Lunatic asylums Punjab 1868-1880 - 1868-1880
Year: 1868
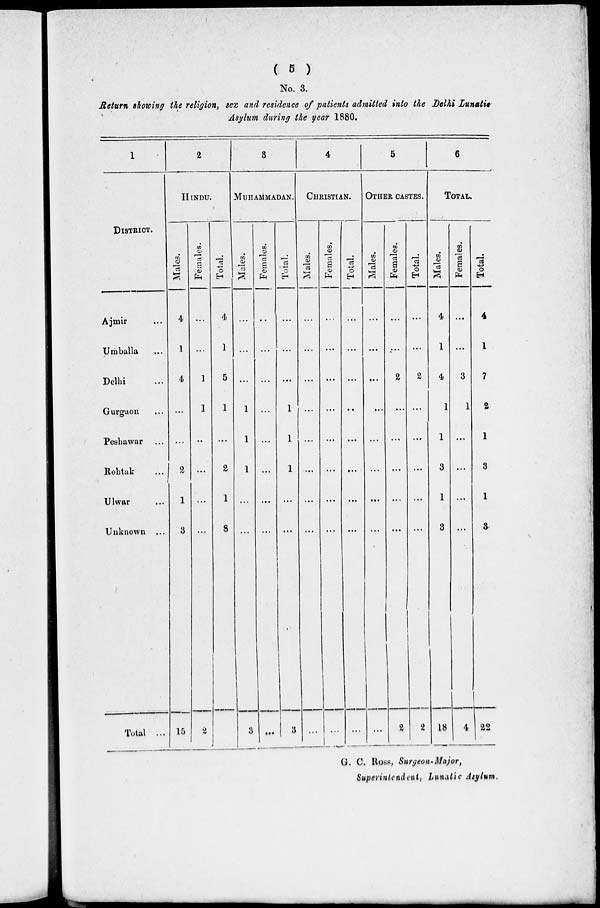
( 5 )
No. 3.
Return showing the religion, sex and residence of patients admitted into the Delhi Lunatic
Asylum during the year 1880.
1
DISTRICT.
Ajmir ...
Umballa ...
Delhi ...
Gurgaon ...
Peshawar ...
Rohtak ...
Ulwar ...
Unknown ...
Total ...
2
HINDU.
Males.
4
1
4
...
...
2
1
3
15
Females.
...
...
1
1
..
...
...
...
2
Total.
4
1
5
1
...
2
1
8
3
MUHAMMADAN.
Males.
...
...
...
1
1
1
...
...
3
Females.
..
...
...
...
...
...
...
...
...
Total.
...
...
...
1
1
1
...
...
3
4
CHRISTIAN.
Males.
...
...
...
...
...
...
...
...
...
Females.
...
...
...
...
...
...
...
...
...
Total.
...
...
...
...
...
...
...
...
...
5
OTHER CASTES.
Males.
...
...
...
...
...
...
...
...
...
Females.
...
...
2
...
...
...
...
...
2
Total.
...
...
2
...
...
...
...
...
2
6
TOTAL.
Males.
4
1
4
1
1
3
1
3
18
Females.
...
...
3
1
...
...
...
...
4
Total.
4
1
7
2
1
3
1
3
22
G. C. Ross, Surgeon-Major,
Superintendent, Lunatic Asylum.